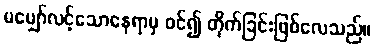
မမျှော်လင့်သောနေရာမှ ဝင်၍ တိုက်ခြင်းဖြစ်လေသည်။